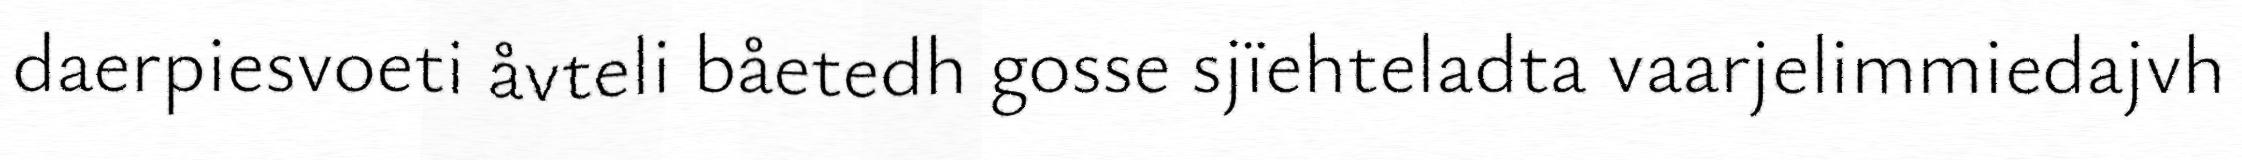
daerpiesvoeti åvteli båetedh gosse sjïehteladta vaarjelimmiedajvh